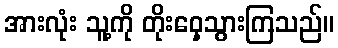
အားလုံး သူ့ကို တိုးဝှေ့သွားကြသည်။